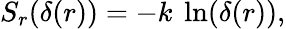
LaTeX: S_{r}(\delta(r))=-k\ \ln(\delta(r)),